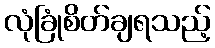
လုံခြုံစိတ်ချရသည့်